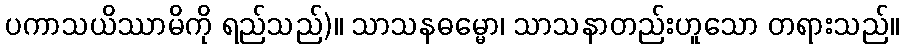
ပကာသယိဿာမိကို ရည်သည်)။ သာသနဓမ္မော၊ သာသနာတည်းဟူသော တရားသည်။